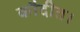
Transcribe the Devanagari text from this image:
कौदीत।